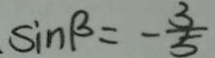
\sin \beta = - \frac { 3 } { 5 }